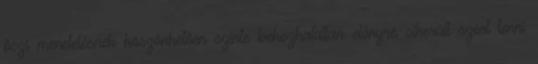
őszi menetelésnek köszönhetően szinte behozhatatlan előnyre sikerült szert tenni